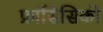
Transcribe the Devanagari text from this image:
फ्रांसिसिको